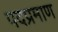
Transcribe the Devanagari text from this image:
पदप्रमाण